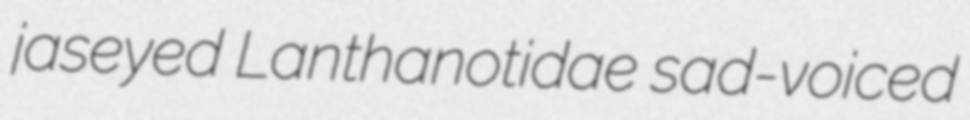
jaseyed Lanthanotidae sad-voiced